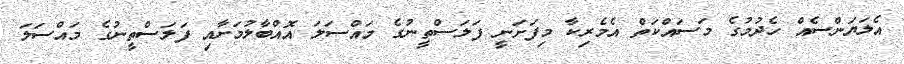
އެލަޔަންސެއް ހެދުމުގެ މަސައްކަތް އެމެރިކާ މިފަށަނީ ފަލަސްތީނުގެ މައްސަލަ އޮއްބާލުމަށާއި ފަލަސްތީނުގެ މައްސަލަ